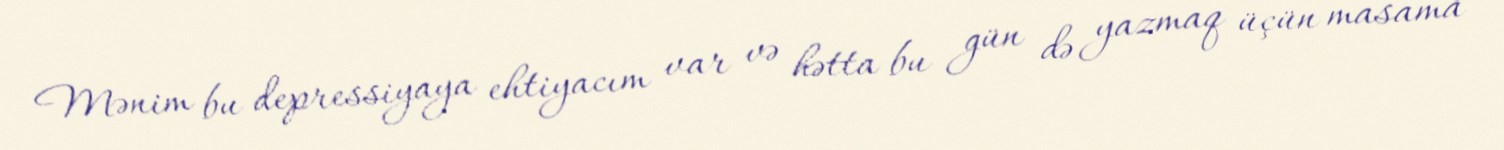
Mənim bu depressiyaya ehtiyacım var və hətta bu gün də yazmaq üçün masama